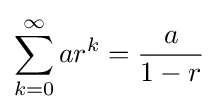
\sum _{k=0}^{\infty }ar^{k}={\frac {a}{1-r}}